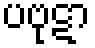
ပဗုဋာ